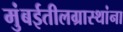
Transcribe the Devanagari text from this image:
मुंबईतीलग्रास्‍थांना